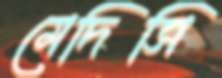
মেদিসি